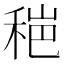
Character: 𰨫